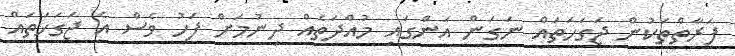
ފަރާތްތަކުން ޖަގަހަތައް ނަގަން އަންގައި މުއްދަތެއް ދިނުމަށް ފަހު ވެސް އެ ޖަގަހަތައް